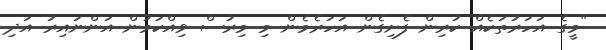
"މީގެ އަހަރުތަކެއް ކުރިން ފެށިގެން އަހަރެމެން މި މިރުސް ވިއްކަމުން އަންނައިރު އަދި